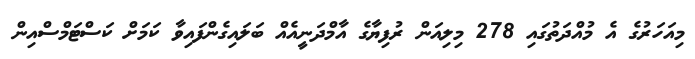
މިއަހަރުގެ އެ މުއްދަތުގައި 278 މިލިއަން ރުފިޔާގެ އާމްދަނީއެއް ބަލައިގެންފައިވާ ކަމަށް ކަސްޓަމްސްއިން